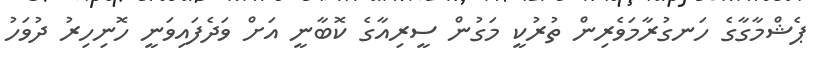
ޕެޝްމާގާގެ ހަނގުރާމަވެރިން ތުރުކީ މަގުން ސީރިއާގެ ކޮބާނީ އަށް ވަދެފައިވަނީ ހޮނިހިރު ދުވަހު